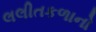
લલીતકળાનો